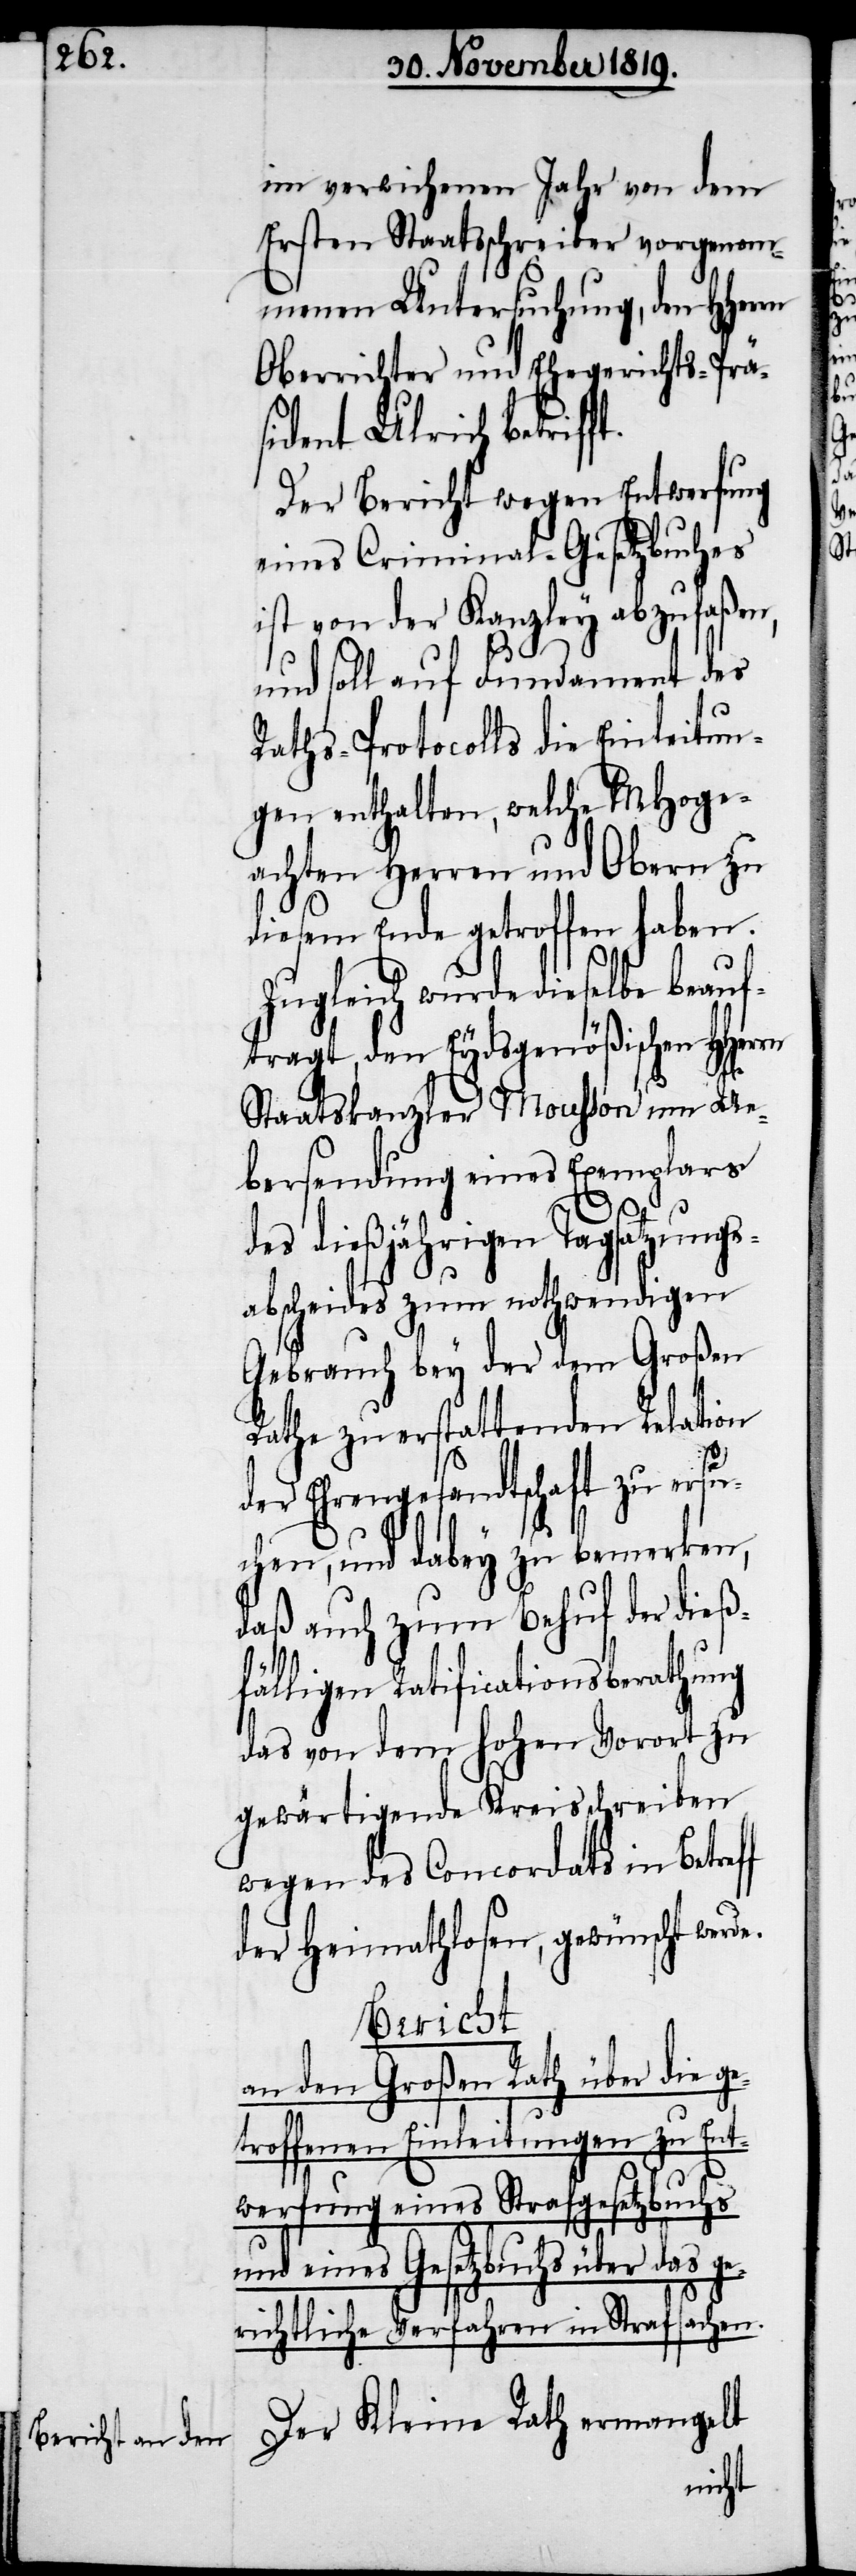
im verwichenen Jahr von dem
Ersten Staatsschreiber vorgenom¬
menen Untersuchung, den
Oberrichter und Ehegerichts-Prä¬
sident Ulrich betrif¬
Der Bericht wegen Entwerfung
eines Criminal-Gesetzbuches
ist von der Kanzley abzufaßen,
und soll auf Fundament des
Raths-Protocolls die Einleitun¬
gen enthalten, welche MHo[ch]ge¬
achten Herren und Obern zu
diesem Ende getroffen haben.
Zugleich wurde dieselbe beauft¬
ragt, den Eydsgenößischen HHer¬
Staatskanzler Mousson um Un¬
tersendung eines Exemplares
dießjährigen Tagsatzungs¬
abscheides zum nothwendigen
Gebrauch bey der dem Großen
Rathe zu erstattenden Relation
der Ehrengesandtschaft zu ersu¬
chen, und dabey zu bemerken,
daß auch zum Behuf der dieß¬
fälligen Ratificationsberathung
das von dem hohen Vorort zu
gewärtigende Kreisschreiben
wegen des Concordats in Betreff
der Heimathlosen, gewünscht wer¬
Bericht
an den Großen Rath über die ge¬
troffenen Einleitungen zu Ent¬
werfung eines Strafgesetzbuchs
ge¬
und eines Gesetzbuchs über das
richtliche Verfahren in Strafsachen.
Der Kleine Rath ermangelt